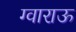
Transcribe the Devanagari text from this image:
ग्वाराऊ